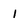
Character: 1